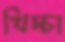
খিচ্চা